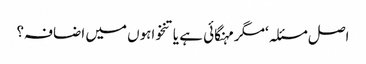
اصل مسئلہ ‘مگر مہنگائی ہے یا تنخواہوں میں اضافہ؟